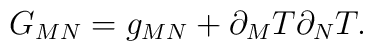
G_{MN} = g_{MN} + \partial_M T \partial_N T.